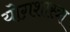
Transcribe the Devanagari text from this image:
योग़शास्त्रा